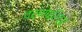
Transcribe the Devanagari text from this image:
वर्णपरिचय